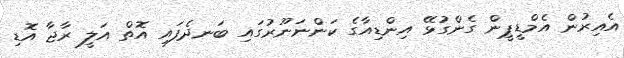
އެއިރުން އެމްޑީޕީން ގެންގުޅޭ އިންޑިއާގެ ކަންނަނޫރުގައި ބަނދެފައި އޮތް އަލީ ރާޖާ އޮޑި